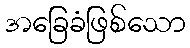
အခြေခံဖြစ်သော